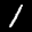
Label: 1